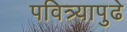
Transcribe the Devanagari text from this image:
पवित्र्यापुढे